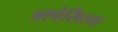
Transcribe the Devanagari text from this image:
त्रापेसिस्ता